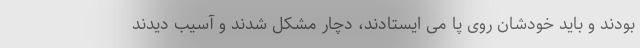
بودند و باید خودشان روی پا می ایستادند، دچار مشکل شدند و آسیب دیدند